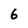
Character: 6